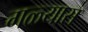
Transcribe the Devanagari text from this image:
गळ्यास